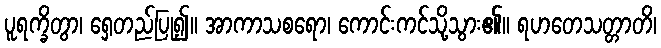
ပူရက္ခိတွာ၊ ရှေတည်ပြု၍။ အာကာသစရော၊ ကောင်းကင်သို့သွား၏။ ရဟတေသတ္တာတိ၊